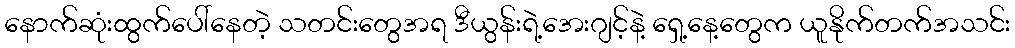
နောက်ဆုံးထွက်ပေါ်နေတဲ့ သတင်းတွေအရ ဒီယွန်းရဲ့အေးဂျင့်နဲ့ ရှေ့နေ့တွေက ယူနိုက်တက်အသင်း